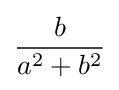
{\frac {b}{a^{2}+b^{2}}}